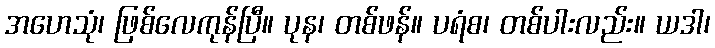
အဟေသုံ၊ ဖြစ်လေကုန်ပြီ။ ပုန၊ တစ်ဖန်။ ပရံစ၊ တစ်ပါးလည်း။ ယဒါ၊